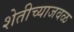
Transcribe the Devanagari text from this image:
शेतीच्याजवळ